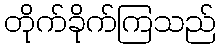
တိုက်ခိုက်ကြသည်